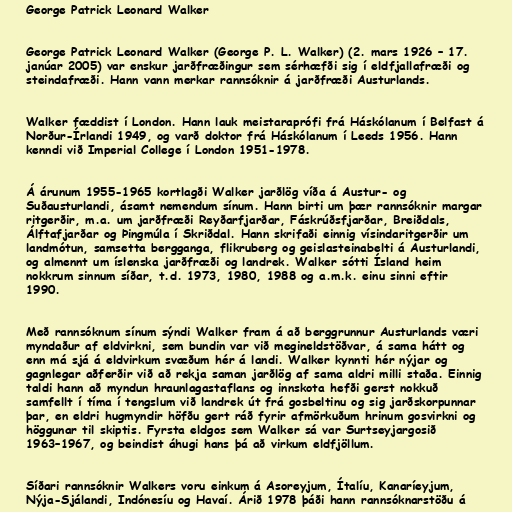
George Patrick Leonard Walker

George Patrick Leonard Walker (George P. L. Walker) (2. mars 1926 – 17.
janúar 2005) var enskur jarðfræðingur sem sérhæfði sig í eldfjallafræði og
steindafræði. Hann vann merkar rannsóknir á jarðfræði Austurlands.

Walker fæddist í London. Hann lauk meistaraprófi frá Háskólanum í Belfast á
Norður-Írlandi 1949, og varð doktor frá Háskólanum í Leeds 1956. Hann
kenndi við Imperial College í London 1951-1978.

Á árunum 1955-1965 kortlagði Walker jarðlög víða á Austur- og
Suðausturlandi, ásamt nemendum sínum. Hann birti um þær rannsóknir margar
ritgerðir, m.a. um jarðfræði Reyðarfjarðar, Fáskrúðsfjarðar, Breiðdals,
Álftafjarðar og Þingmúla í Skriðdal. Hann skrifaði einnig vísindaritgerðir um
landmótun, samsetta bergganga, flikruberg og geislasteinabelti á Austurlandi,
og almennt um íslenska jarðfræði og landrek. Walker sótti Ísland heim
nokkrum sinnum síðar, t.d. 1973, 1980, 1988 og a.m.k. einu sinni eftir
1990.

Með rannsóknum sínum sýndi Walker fram á að berggrunnur Austurlands væri
myndaður af eldvirkni, sem bundin var við megineldstöðvar, á sama hátt og
enn má sjá á eldvirkum svæðum hér á landi. Walker kynnti hér nýjar og
gagnlegar aðferðir við að rekja saman jarðlög af sama aldri milli staða. Einnig
taldi hann að myndun hraunlagastaflans og innskota hefði gerst nokkuð
samfellt í tíma í tengslum við landrek út frá gosbeltinu og sig jarðskorpunnar
þar, en eldri hugmyndir höfðu gert ráð fyrir afmörkuðum hrinum gosvirkni og
höggunar til skiptis. Fyrsta eldgos sem Walker sá var Surtseyjargosið
1963–1967, og beindist áhugi hans þá að virkum eldfjöllum.

Síðari rannsóknir Walkers voru einkum á Asoreyjum, Ítalíu, Kanaríeyjum,
Nýja-Sjálandi, Indónesíu og Havaí. Árið 1978 þáði hann rannsóknarstöðu á